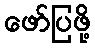
ဖော်ပြဖို့